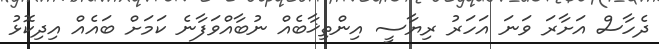
ދެހާސް އަށާރަ ވަނަ އަހަރު ރިޔާސީ އިންތިޚާބެއް ނުބާއްވަފާނެ ކަމަށް ބައެއް އިދިކޮޅު